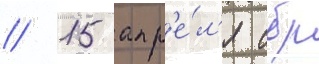
// 15 апр'е́л'я сбр